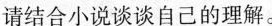
请结合小说谈谈自己的理解。